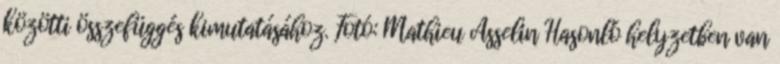
közötti összefüggés kimutatásához. Fotó: Mathieu Asselin Hasonló helyzetben van